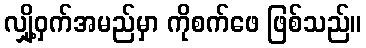
လျှို့ဝှက်အမည်မှာ ကိုစက်ဖေ ဖြစ်သည်။